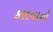
કરાવાનો